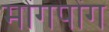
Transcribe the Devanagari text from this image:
मोंगपोंग